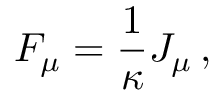
F _ { \mu } = { \frac { 1 } { \kappa } } J _ { \mu } \, ,